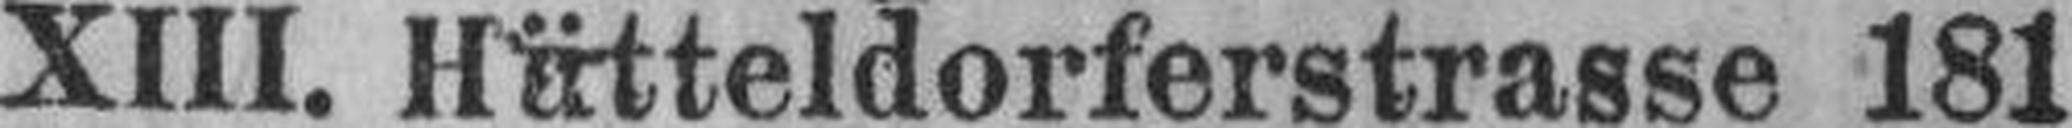
XIII. Hätteldorferstrasse 181